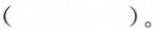
( )。